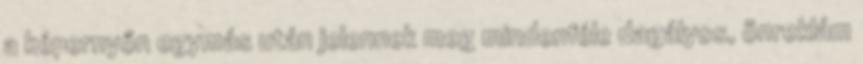
a képernyőn egymás után jelennek meg mindenféle dagályos, önreklám